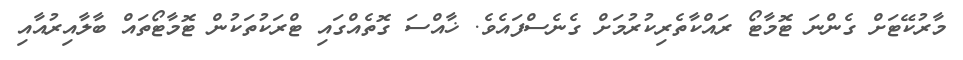
މާރުކޭޓަށް ގެންނަ ޓޮމާޓޯ ރައްކާތެރިކުރުމަށް ގެނެސްފައެވެ. ޚާއްސަ ގޮތެއްގައި ޓްރަކުތަކުން ޓޮމާޓޯތައް ބާލާއިރުއާއި